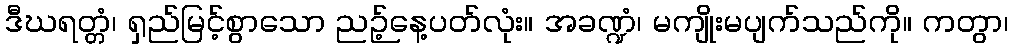
ဒီဃရတ္တံ၊ ရှည်မြင့်စွာသော ညဉ့်နေ့ပတ်လုံး။ အခဏ္ဍံ၊ မကျိုးမပျက်သည်ကို။ ကတွာ၊